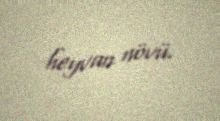
heyvan növü.